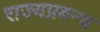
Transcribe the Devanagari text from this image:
राज्यप्रबन्ध